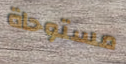
مستوحاة